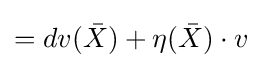
=dv({\bar {X}})+\eta ({\bar {X}})\cdot v